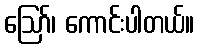
ဪ၊ ကောင်းပါတယ်။